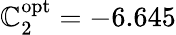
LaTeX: \mathbb{C}_{2}^{\mathrm{{{opt}}}}=-6.645